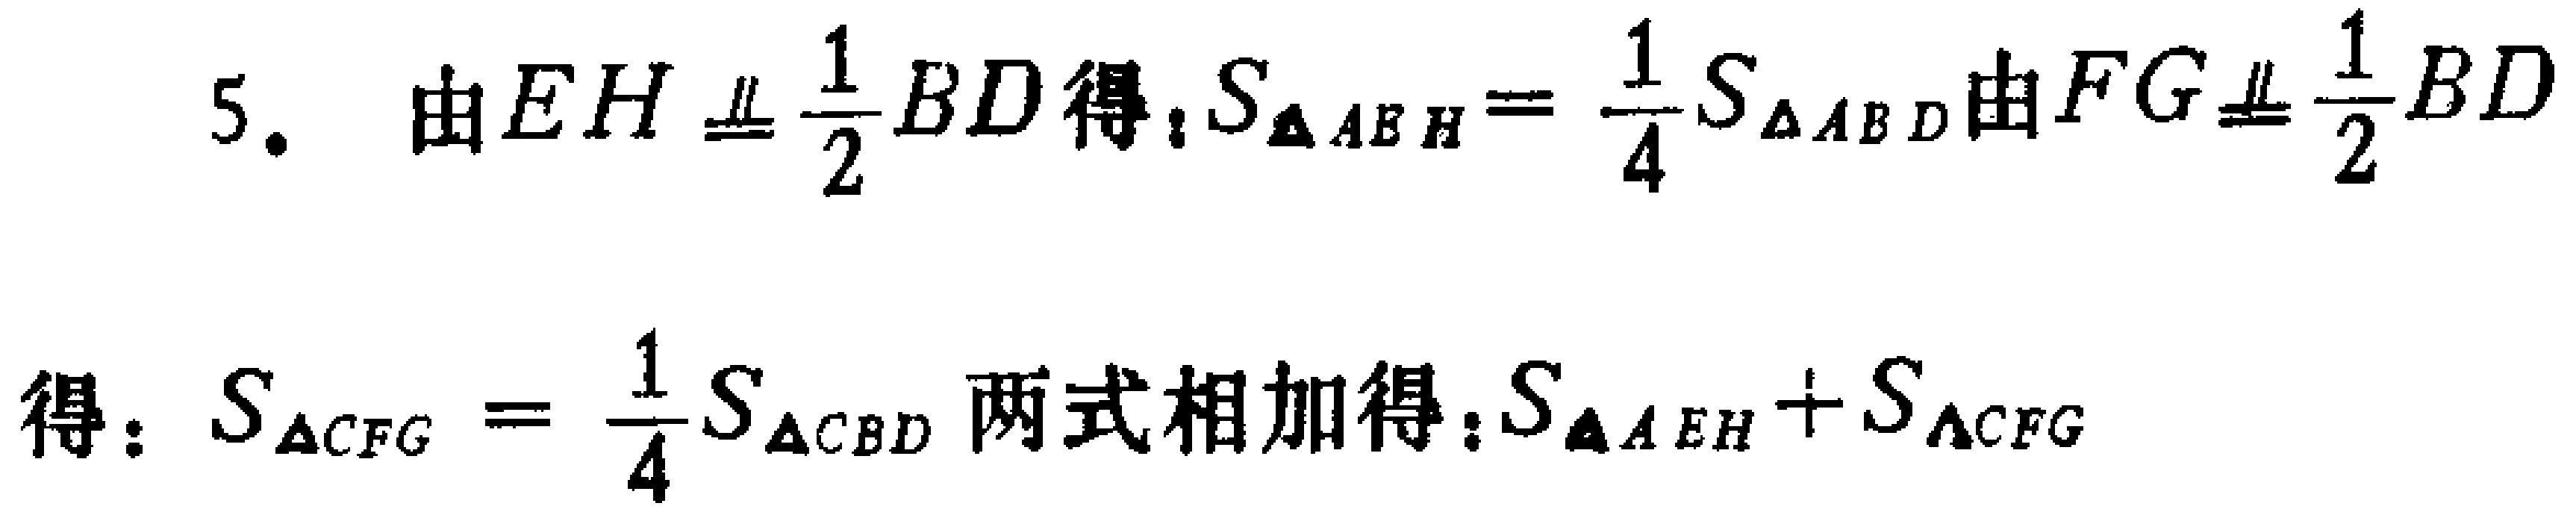
5. 由\(EH\equalparallel\frac{1}{2}BD\)得：\(S_{\triangle ABH}=\frac{1}{4}S_{\triangle ABD}\)由\(FG\equalparallel\frac{1}{2}BD\)

得：\(S_{\triangle CFG}=\frac{1}{4}S_{\triangle CBD}\)两式相加得：\(S_{\triangle AEH}+S_{\triangle CFG}\)